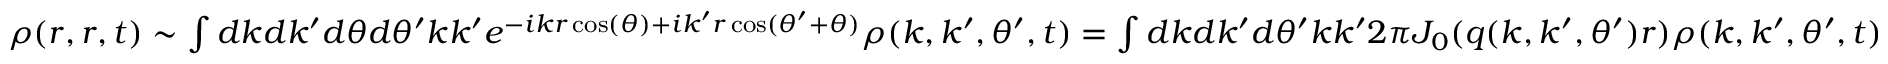
\begin{array} { r } { \rho ( r , r , t ) \sim \int d k d k ^ { \prime } d \theta d \theta ^ { \prime } k k ^ { \prime } e ^ { - i k r \cos ( \theta ) + i k ^ { \prime } r \cos ( \theta ^ { \prime } + \theta ) } \rho ( k , k ^ { \prime } , \theta ^ { \prime } , t ) = \int d k d k ^ { \prime } d \theta ^ { \prime } k k ^ { \prime } 2 \pi J _ { 0 } ( q ( k , k ^ { \prime } , \theta ^ { \prime } ) r ) \rho ( k , k ^ { \prime } , \theta ^ { \prime } , t ) } \end{array}